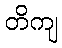
တိကျ